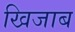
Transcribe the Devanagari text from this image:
खिजाब